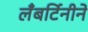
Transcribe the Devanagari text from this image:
लँबर्टिनीने